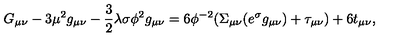
G _ { \mu \nu } - 3 \mu ^ { 2 } g _ { \mu \nu } - \frac { 3 } { 2 } \lambda \sigma \phi ^ { 2 } g _ { \mu \nu } = 6 \phi ^ { - 2 } ( \Sigma _ { \mu \nu } ( e ^ { \sigma } g _ { \mu \nu } ) + \tau _ { \mu \nu } ) + 6 t _ { \mu \nu } ,